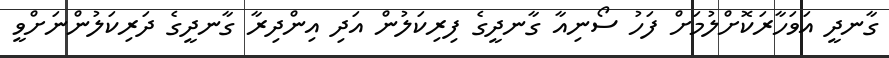
ގާނދީ އަވަހާރަކޮށްލުމަށް ފަހު ސޯނިއާ ގާނދީގެ ފިރިކަލުން އަދި އިންދިރާ ގާނދީގެ ދަރިކަލުންނަށްވީ